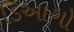
ડિઆગો